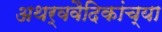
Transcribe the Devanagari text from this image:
अथर्ववैदिकांच्या